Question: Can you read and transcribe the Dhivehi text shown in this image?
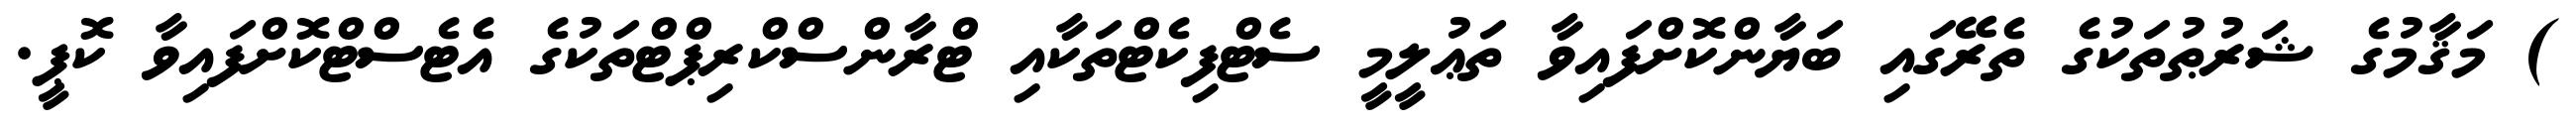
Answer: ) މަޤާމުގެ ޝަރުޠުތަކުގެ ތެރޭގައި ބަޔާންކޮށްފައިވާ ތަޢުލީމީ ސެޓްފިކެޓްތަކާއި ޓްރާންސްކްރިޕްޓްތަކުގެ އެޓެސްޓްކޮށްފައިވާ ކޮޕީ.